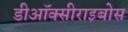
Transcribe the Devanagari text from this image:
डीऑक्सीराइबोस